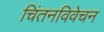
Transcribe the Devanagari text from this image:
चिंतनविवेचन